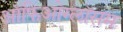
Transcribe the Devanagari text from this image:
ऑफिओग्लॉसम